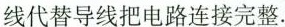
线代替导线把电路连接完整.